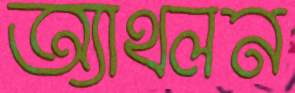
অ্যাথলন